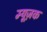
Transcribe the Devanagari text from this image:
म्यूज़क